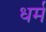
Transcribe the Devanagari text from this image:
ध्‍ार्म